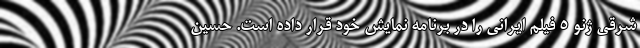
شرقی ژنو ۵ فیلم ایرانی را در برنامه نمایش خود قرار داده است. حسین